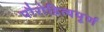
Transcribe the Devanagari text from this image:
पौरोहित्यपूर्ण